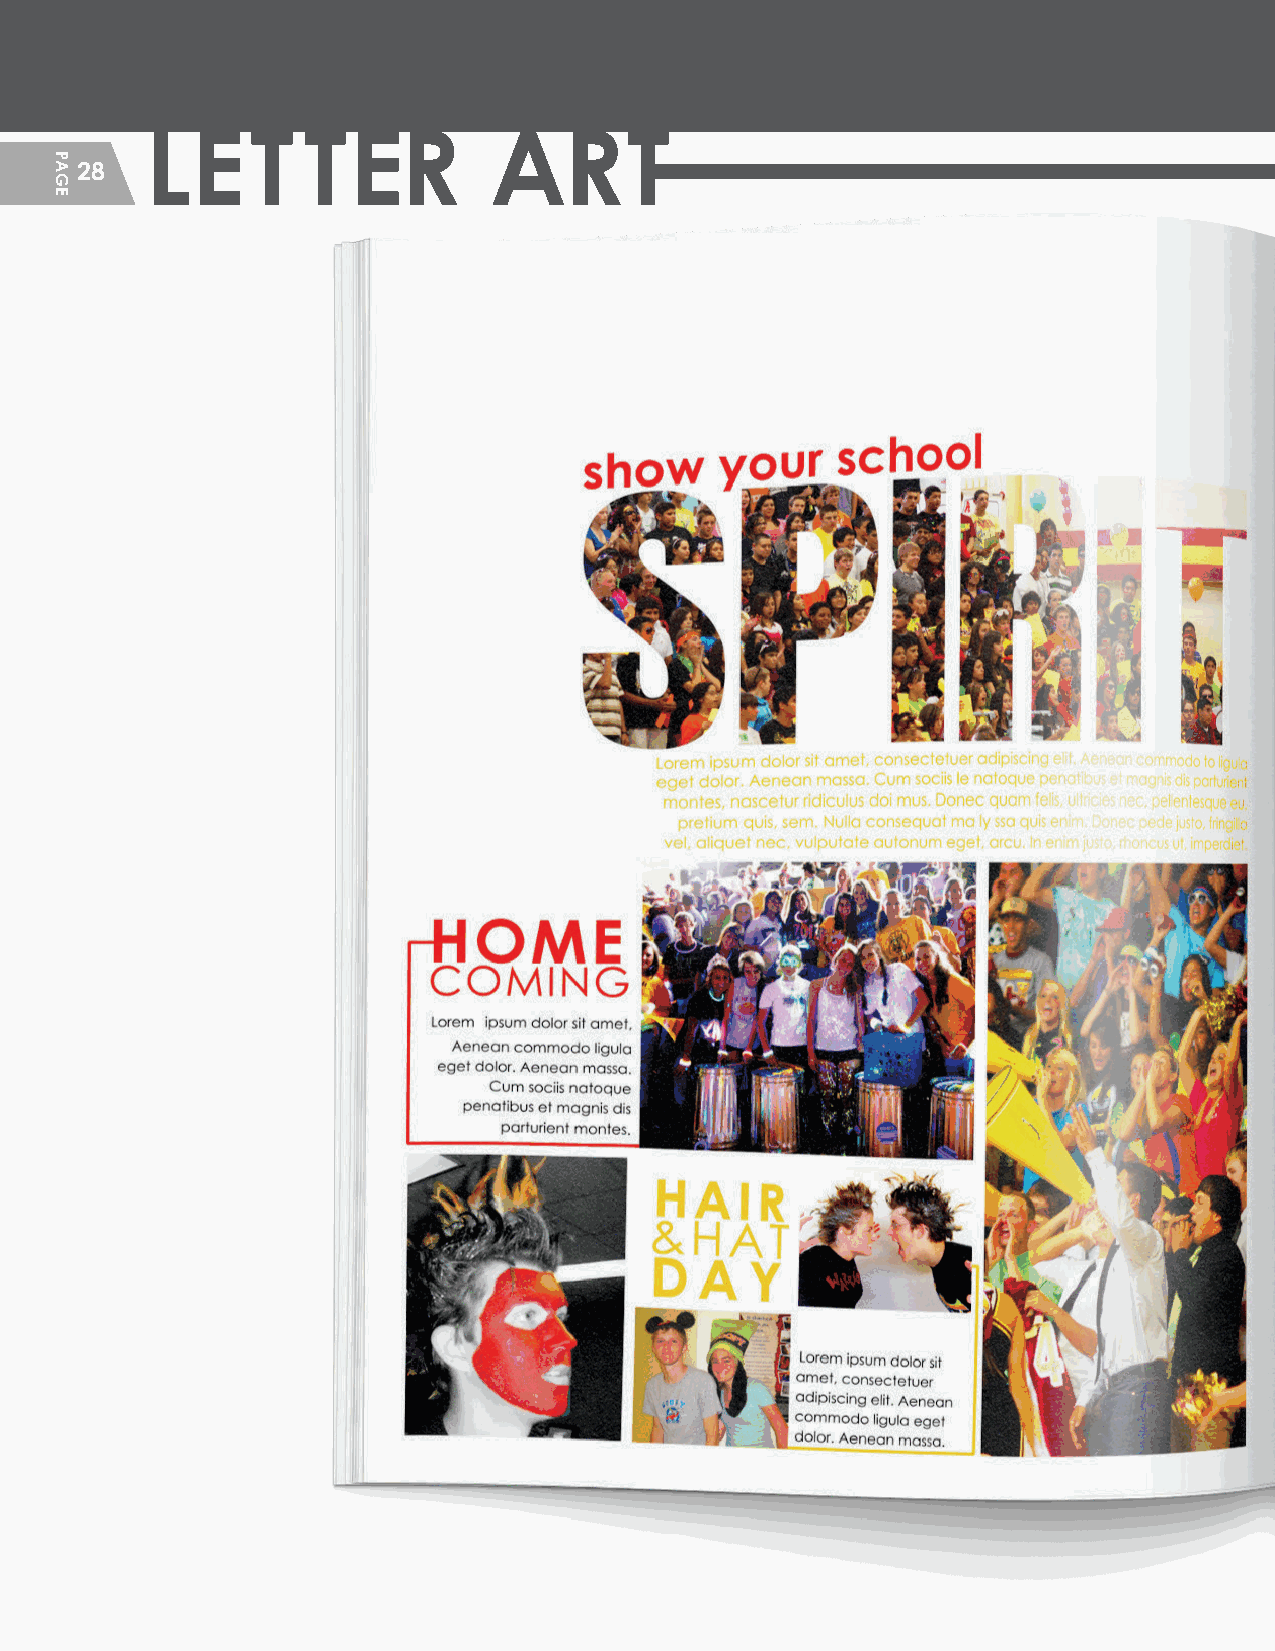
LET       TER         ART
 28
 HHSS__CCrreeaattiivvee__GGuuiiddeePPFF__MMSS..iinndddd 2288                 22//55//2200 1122::1133 PPMM
 PAGE